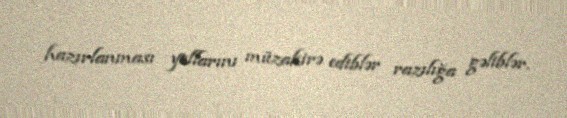
hazırlanması yollarını müzakirə ediblər razılığa gəliblər.